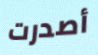
أصدرت